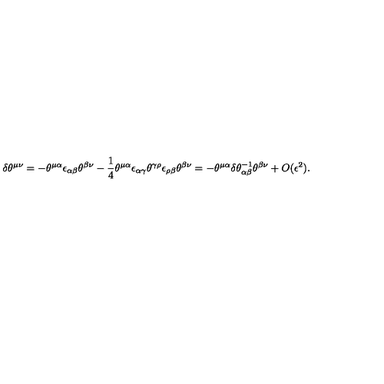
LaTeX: \delta \theta ^ { \mu \nu } = - \theta ^ { \mu \alpha } \epsilon _ { \alpha \beta } \theta ^ { \beta \nu } - \frac { 1 } { 4 } \theta ^ { \mu \alpha } \epsilon _ { \alpha \gamma } \theta ^ { \gamma \rho } \epsilon _ { \rho \beta } \theta ^ { \beta \nu } = - \theta ^ { \mu \alpha } \delta \theta _ { \alpha \beta } ^ { - 1 } \theta ^ { \beta \nu } + O ( \epsilon ^ { 2 } ) .